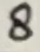
Text: 8